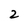
Character: 2